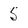
Character: 5